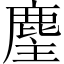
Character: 麈